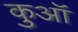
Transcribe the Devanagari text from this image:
कुआॅ